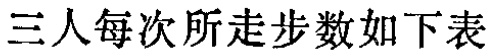
三人每次所走步数如下表